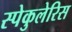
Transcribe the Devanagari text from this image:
स्पेकुलेरिस